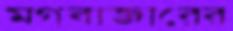
মগবাজারের